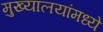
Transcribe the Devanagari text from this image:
मुख्यालयांमध्ये